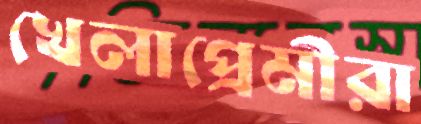
খেলাপ্রেমীরা